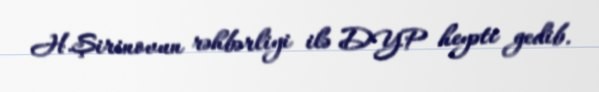
H.Şirinovun rəhbərliyi ilə DYP heyəti gedib.